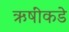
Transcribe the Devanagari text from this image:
ऋषींकडे